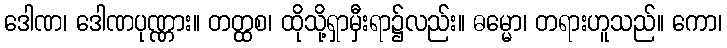
ဒေါဏ၊ ဒေါဏပုဏ္ဏား။ တတ္ထစ၊ ထိုသို့ရှာမှီးရာ၌လည်း။ ဓမ္မော၊ တရားဟူသည်။ ကော၊